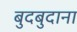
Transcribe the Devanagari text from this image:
बुदबुदाना